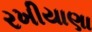
રખીયાણા